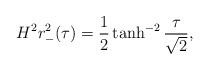
\begin{align*}H^2r^2_-(\tau)=\frac{1}{2}\tanh^{-2}\frac{\tau}{\sqrt{2}},\end{align*}